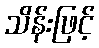
သိန်းဖြင့်